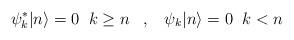
LaTeX: \begin{align*}\psi^{\ast}_{k}|n \rangle = 0 \;\; k\geq n \;\;\;, \;\;\; \psi_{k}|n\rangle = 0 \;\; k<n\end{align*}